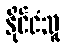
နိုင်ငံသူ